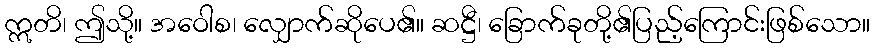
ဣတိ၊ ဤသို့။ အဝေါစ၊ လျှောက်ဆိုပေ၏။ ဆဋ္ဌီ၊ ခြောက်ခုတို့၏ပြည့်ကြောင်းဖြစ်သော။